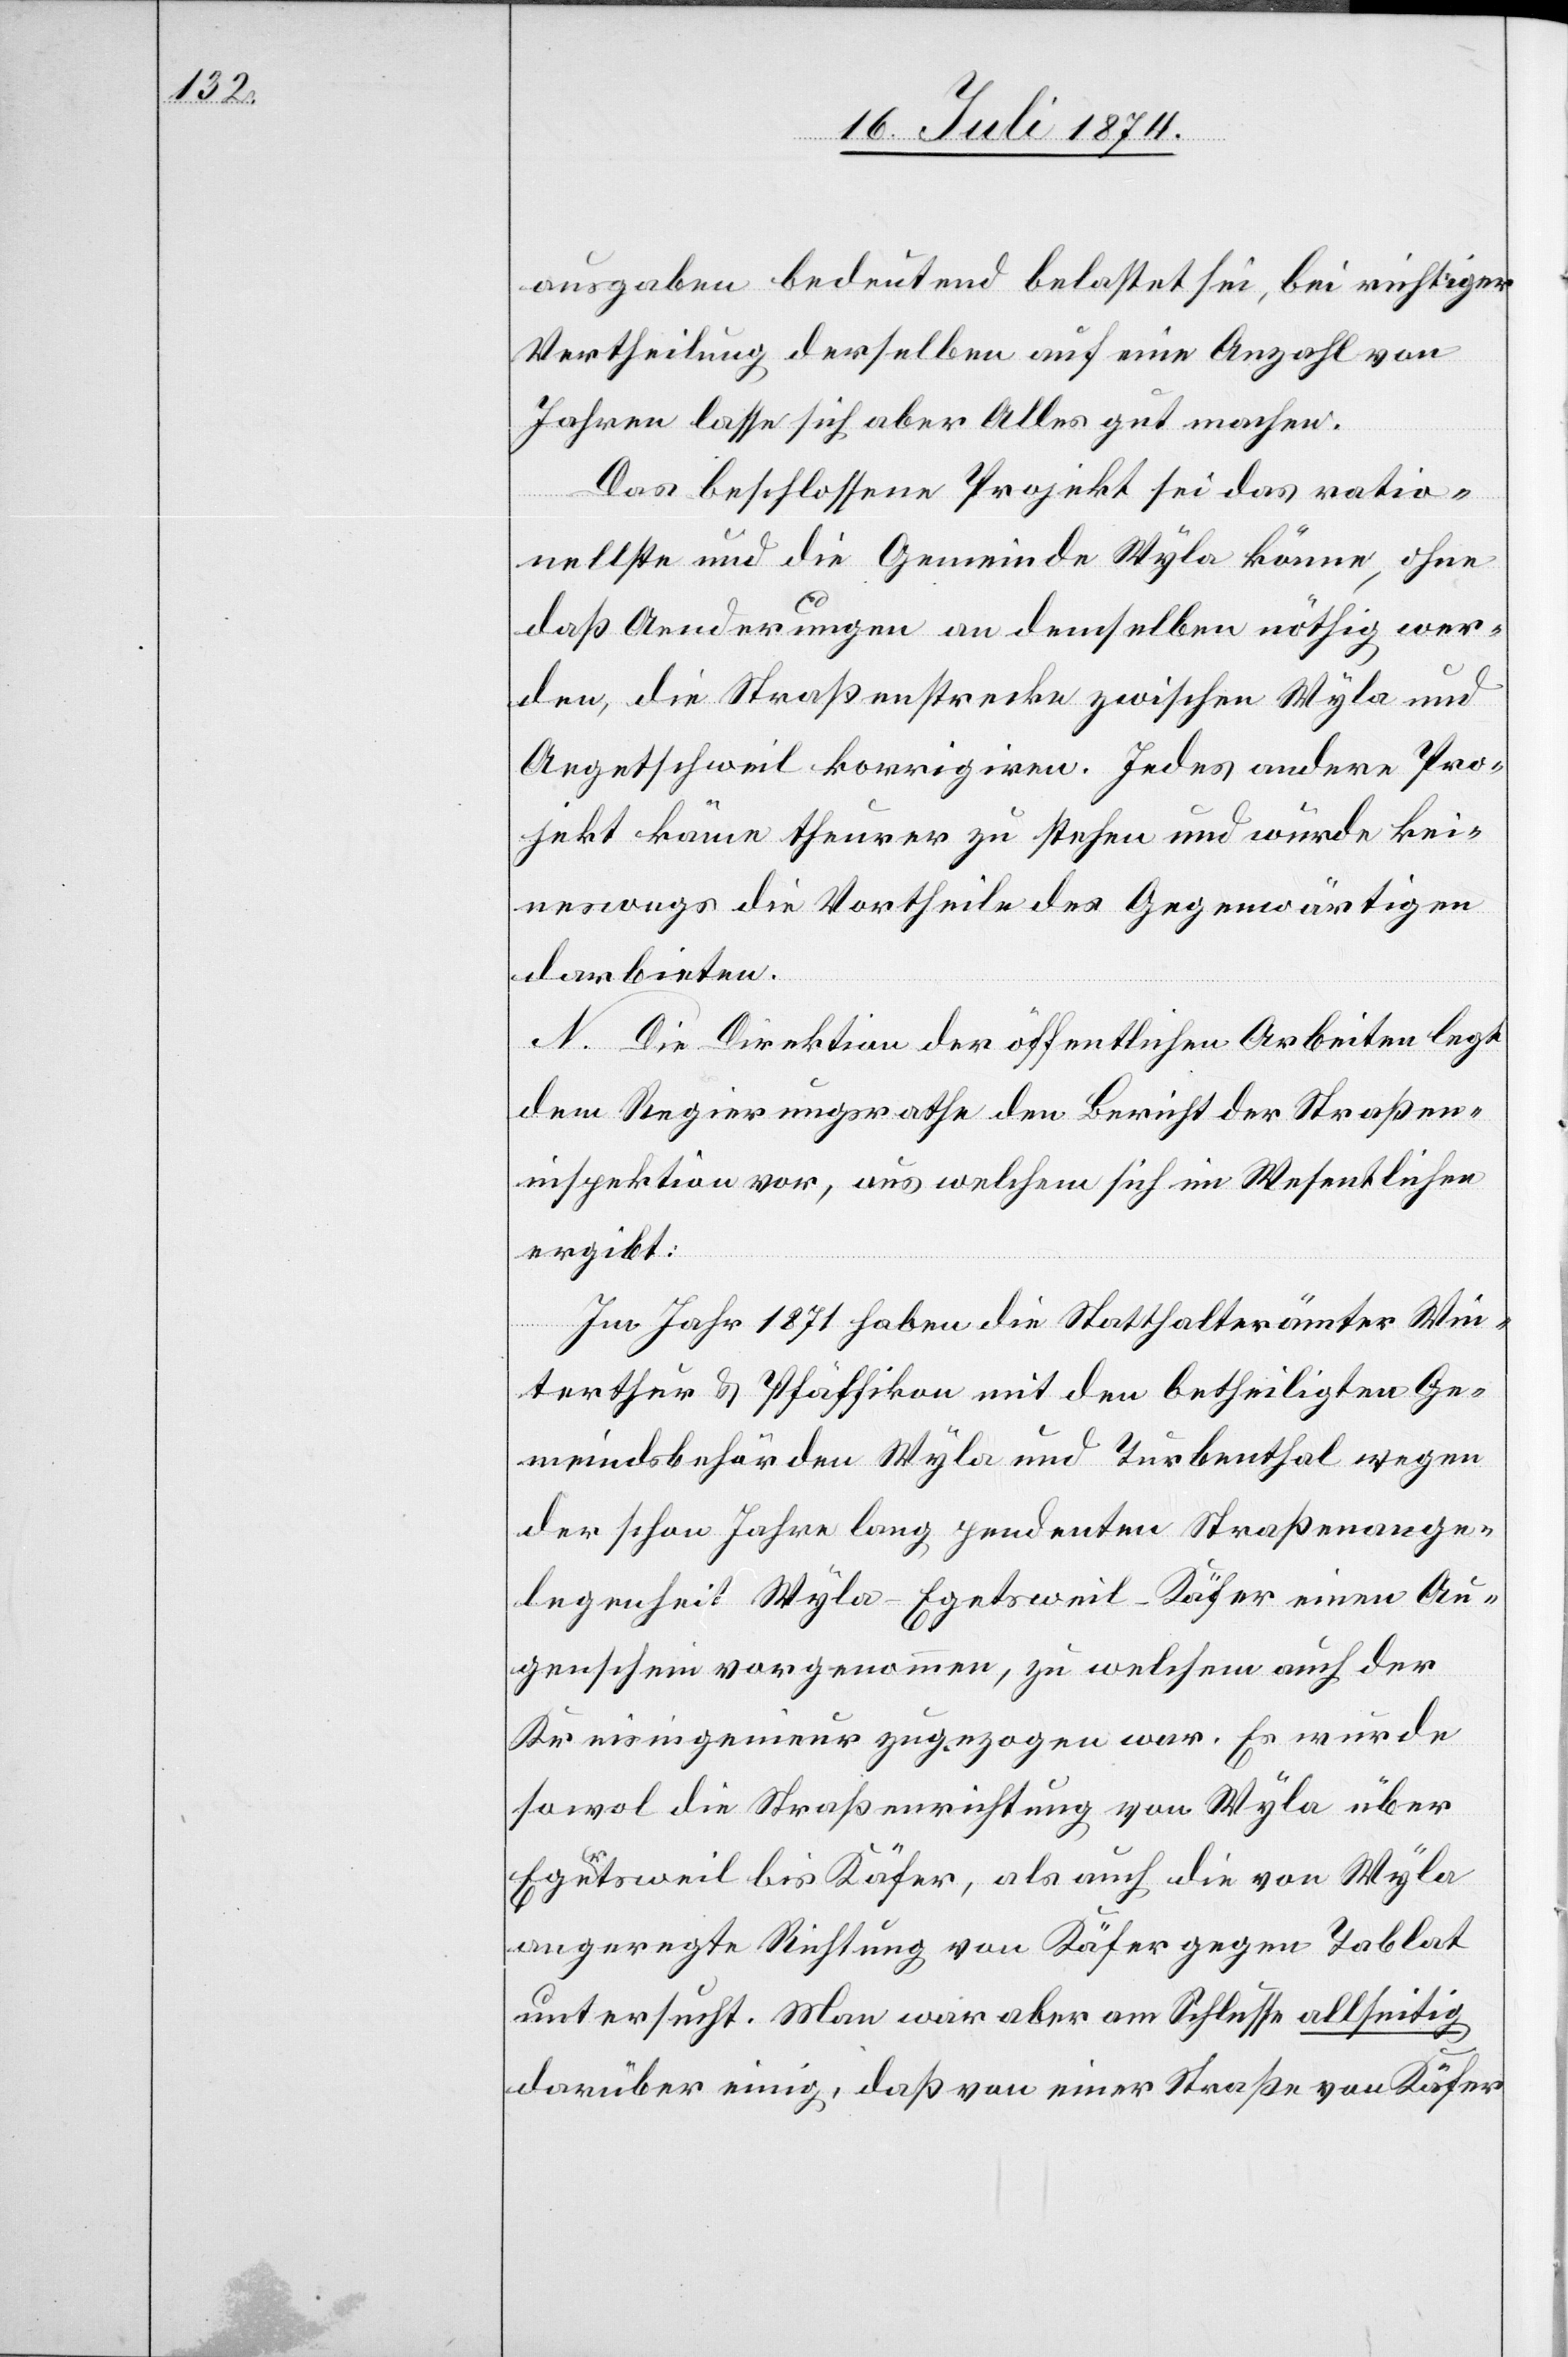
ausgaben bedeutend belastet sei, bei richtiger
Vertheilung derselben auf eine Anzahl von
Jahren lasse sich aber Alles gut machen.
Das beschlossene Projekt sei das ratio¬
nelste und die Gemeinde Wyla könne, ohne
daß Aenderungen an demselben nöthig wer¬
den, die Straßenstrecke zwischen Wyla und
Aegetschweil korrigiren. Jedes andere Pro¬
jekt käme theurer zu stehen und würde kei¬
neswegs die Vortheile des Gegenwärtigen
darbieten.
N. Die Direktion der öffentlichen Arbeiten legt
dem Regierungsrathe den Bericht der Straßen¬
inspektion vor, aus welchem sich im Wesentlichen
ergibt:
Im Jahr 1871 haben die Statthalterämter Win¬
terthur u. Pfäffikon mit den betheiligten Ge¬
meindsbehörden Wyla und Turbenthal wegen
der schon Jahre lang pendenten Straßenange¬
legenheit Wyla–Egetsweil [sic!] –Käfer einen Au¬
genschein vorgenommen, zu welchem auch der
Kreisingenieur zugezogen war. Es wurde
sowol die Straßenrichtung von Wyla über
Egertsweil bis Käfer, als auch die von Wyla
angeregte Richtung von Käfer gegen Tablat
untersucht. Man war aber am Schlusse allseitig
darüber einig, daß von einer Straße von Käfer